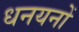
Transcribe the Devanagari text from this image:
धनयनों